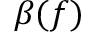
\beta ( f )